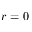
r = 0